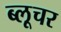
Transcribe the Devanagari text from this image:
ब्लूचर